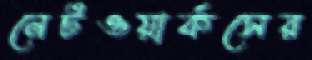
নেটওয়ার্কসের